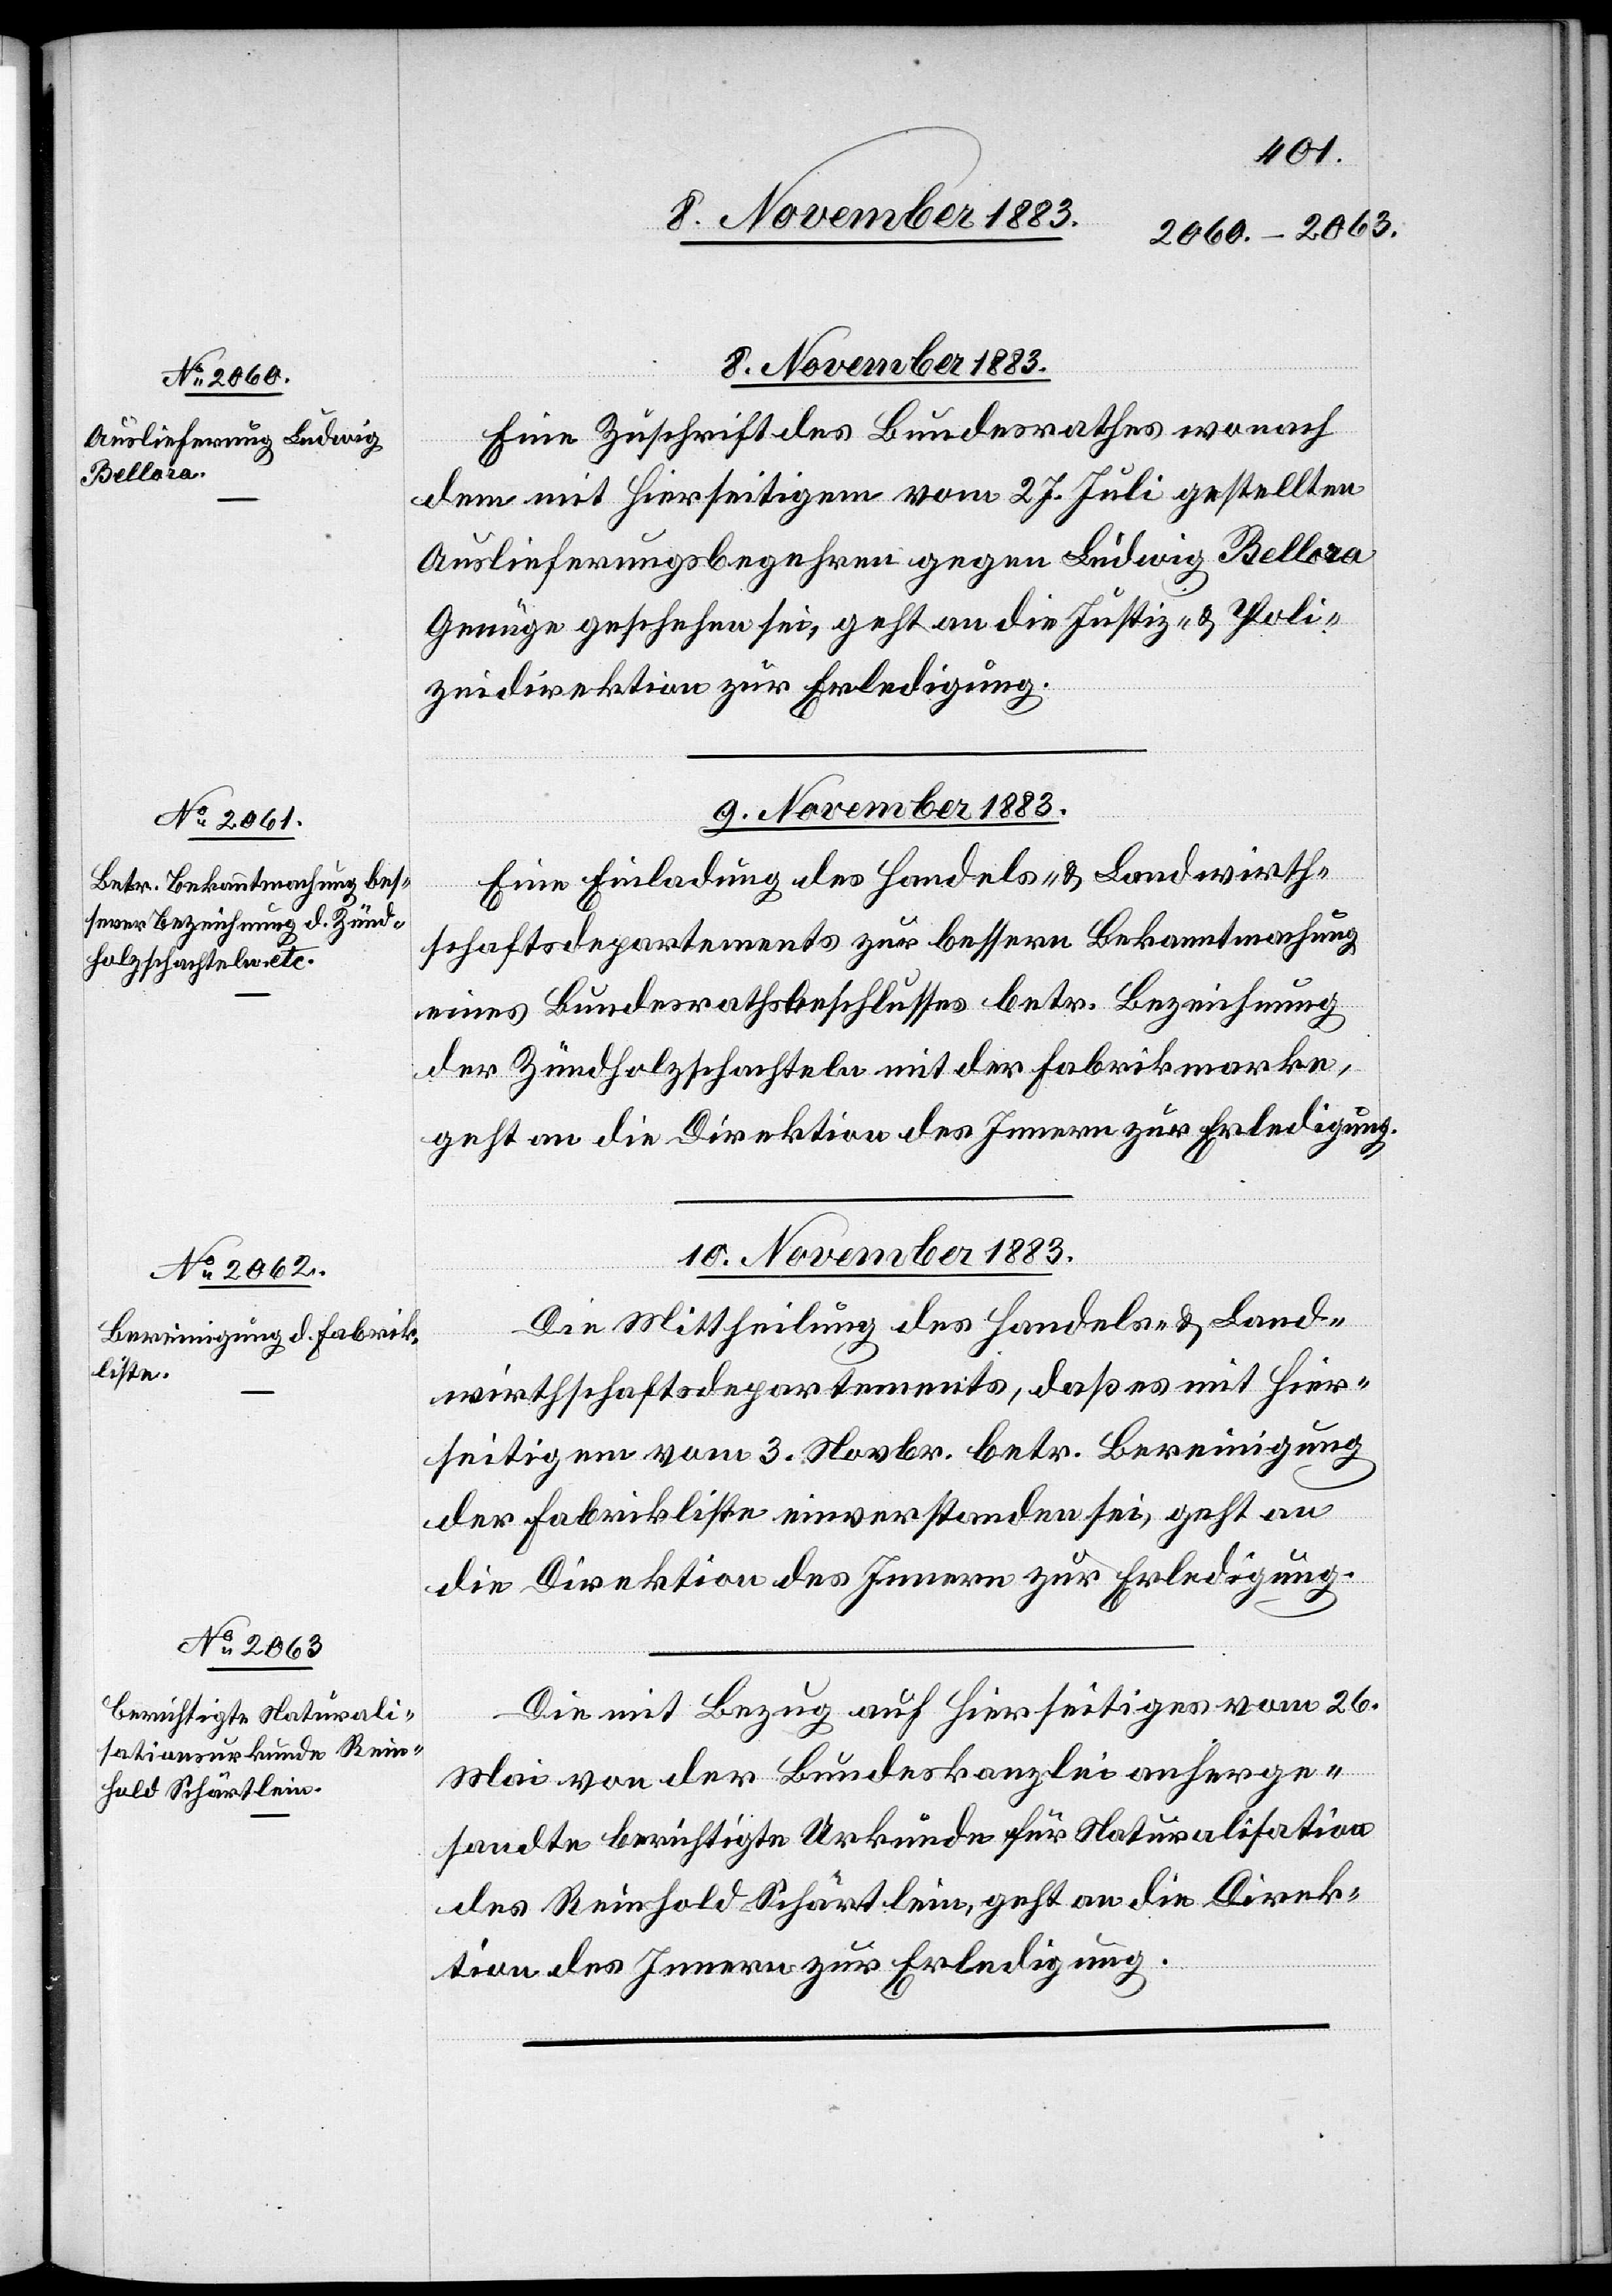
8. November 1883.
Eine Zuschrift des Bundesrathes wonach
dem mit hierseitigem vom 27. Juli gestellten
Auslieferungsbegehren gegen Ludwig Bellora
Genüge geschehen sei, geht an die Justiz- & Poli¬
zeidirektion zur Erledigung.
9. November 1883.
Eine Einladung des Handels- & Landwirth¬
schaftsdepartements zur bessern Bekanntmachung
eines Bundesrathsbeschlusses betr. Bezeichnung
der Zündholzschachteln mit der Fabrikmarke,
geht an die Direktion des Innern zur Erledigung.
10. November 1883.]
Die Mittheilung des Handels- & Land¬
wirthschaftsdepartements, daß es mit hier¬
seitigem vom 3. Novbr. betr. Bereinigung
der Fabrikliste einverstanden sei, geht an
die Direktion des Innern zur Erledigung.
Die mit Bezug auf hierseitiges vom 26.
Mai von der Bundeskanzlei anherge¬
sandte berichtigte Urkunde für Naturalisation
des Reinhold Schärtlein, geht an die Direk¬
tion des Innern zur Erledigung.